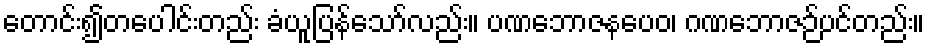
တောင်း၍တပေါင်းတည်း ခံယူပြန်သော်လည်း။ ပဏဘောဇနပေဝ၊ ဂဏဘောဇဉ်ပင်တည်း။